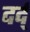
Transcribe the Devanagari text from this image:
दर्द्